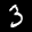
Label: 3